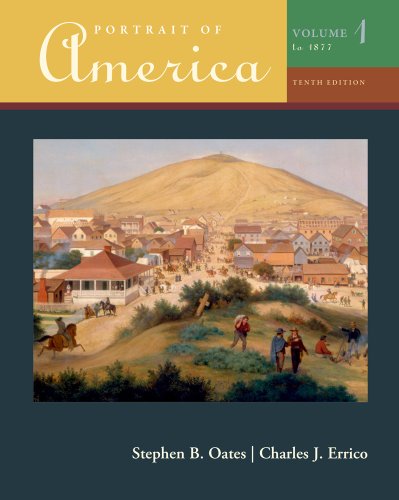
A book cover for Portrait of America, Volume I; Stephen Oates; History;